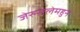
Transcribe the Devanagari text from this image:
जेरुसलेमहुन